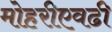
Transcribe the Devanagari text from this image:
मोहरीएवढी